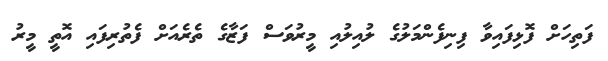
ފަތިހަށް ފޮޅިފައިވާ ފިނިފެންމަލުގެ ލުއިލުއި މީރުވަސް ފަޒާގެ ތެރެއަށް ފެތުރިފައި އޮތީ މީރު